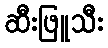
ဆီးဖြူသီး